Annual vaccination report of Bihar and Orissa - 1911-1928
Year: 1911
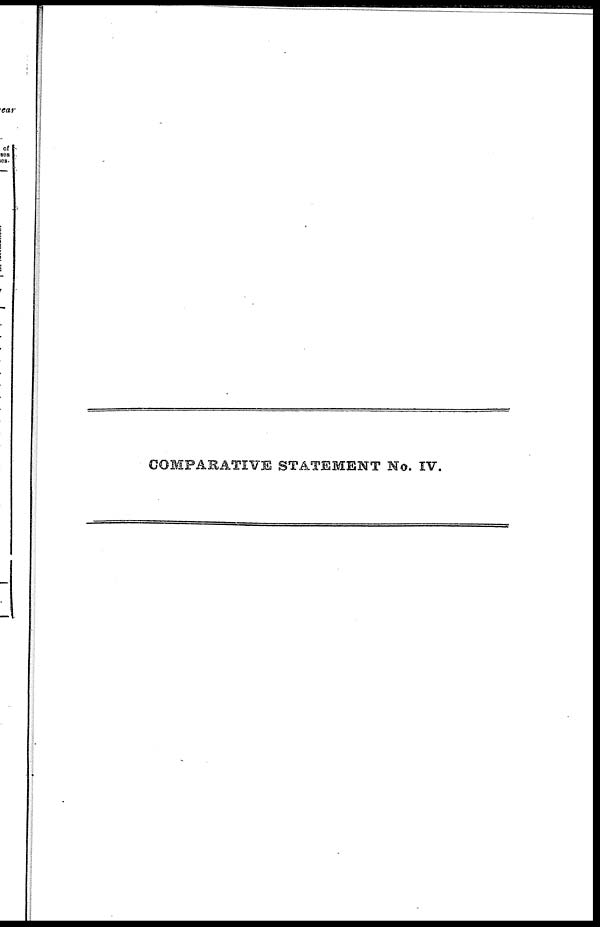
COMPARATIVE STATEMENT No. IV.